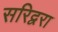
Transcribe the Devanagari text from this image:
सरिद्वरा